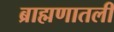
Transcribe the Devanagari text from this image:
ब्राह्मणातली